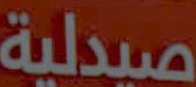
لصيدلية